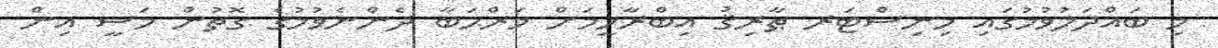
މި ބައްދަލުވުމުގައި މިނިސްޓަރ ޠާރިޤު އިބްރާހީމަށް މަރްޙަބާ ދެންނެވުމުގެ ގޮތުން މަސީ އިން